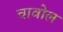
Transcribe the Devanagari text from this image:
चावोल